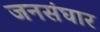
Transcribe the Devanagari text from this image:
जनसंघार